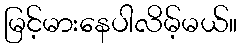
မြင့်မားနေပါလိမ့်မယ်။